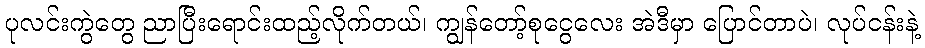
ပုလင်းကွဲတွေ ညာပြီးရောင်းထည့်လိုက်တယ်၊ ကျွန်တော့်စုငွေလေး အဲဒီမှာ ပြောင်တာပဲ၊ လုပ်ငန်းနဲ့